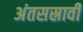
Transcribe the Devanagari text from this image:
अंतसस्रावी